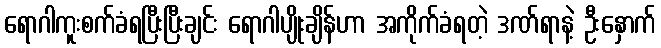
ရောဂါကူးစက်ခံရပြီးပြီးချင်း ရောဂါပျိုးချိန်ဟာ အကိုက်ခံရတဲ့ ဒဏ်ရာနဲ့ ဦးနှောက်